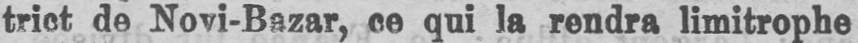
trict de Novi-Bazar, ce qui la rendra limitrophe